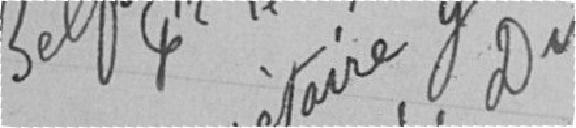
Le Secrétaire Général Délégué